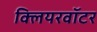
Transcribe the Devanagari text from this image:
क्लियरवॉटर